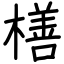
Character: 橏